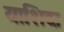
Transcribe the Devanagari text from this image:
याशिदा